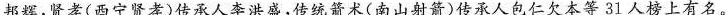
邦辉，贤孝(西宁贤孝)传承人李洪盛，传统箭术(南山射箭)传承人包仁欠本等31人榜上有名。(